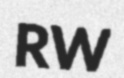
RW